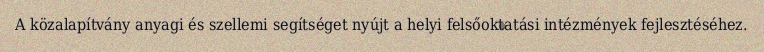
A közalapítvány anyagi és szellemi segítséget nyújt a helyi felsőoktatási intézmények fejlesztéséhez.